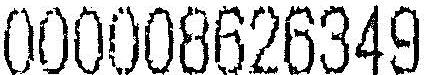
000008626349